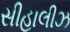
સીહાલીઝ